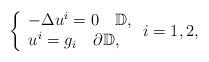
LaTeX: \begin{align*}\left\{ \begin{array}{l}-\Delta u^{i}=0\quad\mathbb{D},\\u^{i}=g_{i}\quad\partial\mathbb{D},\end{array}\right.i=1,2,\end{align*}